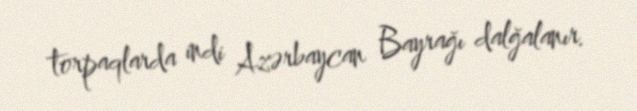
torpaqlarda indi Azərbaycan Bayrağı dalğalanır.